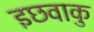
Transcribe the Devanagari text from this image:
इछवाकु